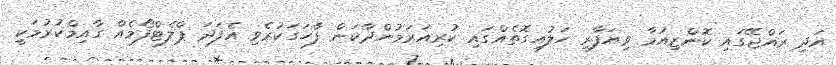
އަދި ރައްޖޭގައި ކޮންޒިއުމާ ވިޔަފާރި ހަލުއިގޮތެއްގައި ކުރިއަރަމުންދާކަން ފާހަގަކުރެވި އެފަދަ ޕްލެޓްފޯމެއް ގާއިމްކުރުމަކީ